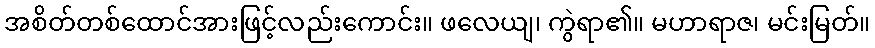
အစိတ်တစ်ထောင်အားဖြင့်လည်းကောင်း။ ဖလေယျ၊ ကွဲရာ၏။ မဟာရာဇ၊ မင်းမြတ်။